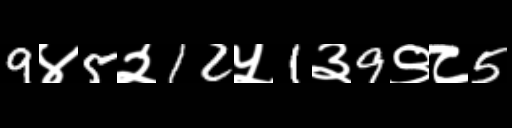
Text: 9४5२12५1३9९८5